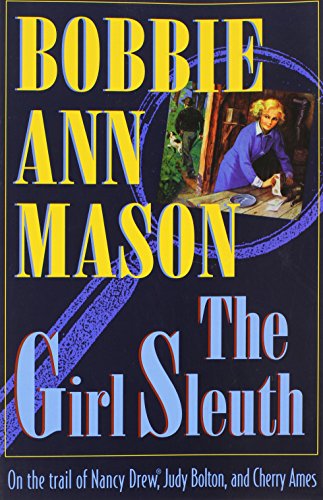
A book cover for Girl Sleuth; Bobbie Mason; Mystery, Thriller & Suspense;